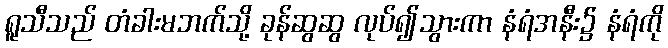
ရူသီသည် တံခါးမဘက်သို့ ခုန်ဆွဆွ လုပ်၍သွားကာ နံရံအနီး၌ နံရံကို